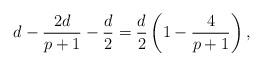
LaTeX: \begin{align*}d - \frac{2d}{p+1} - \frac{d}{2} = \frac{d}{2}\left(1 - \frac{4}{p+1}\right),\end{align*}